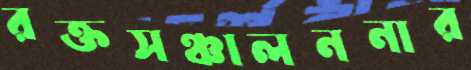
রক্তসঞ্চালননার